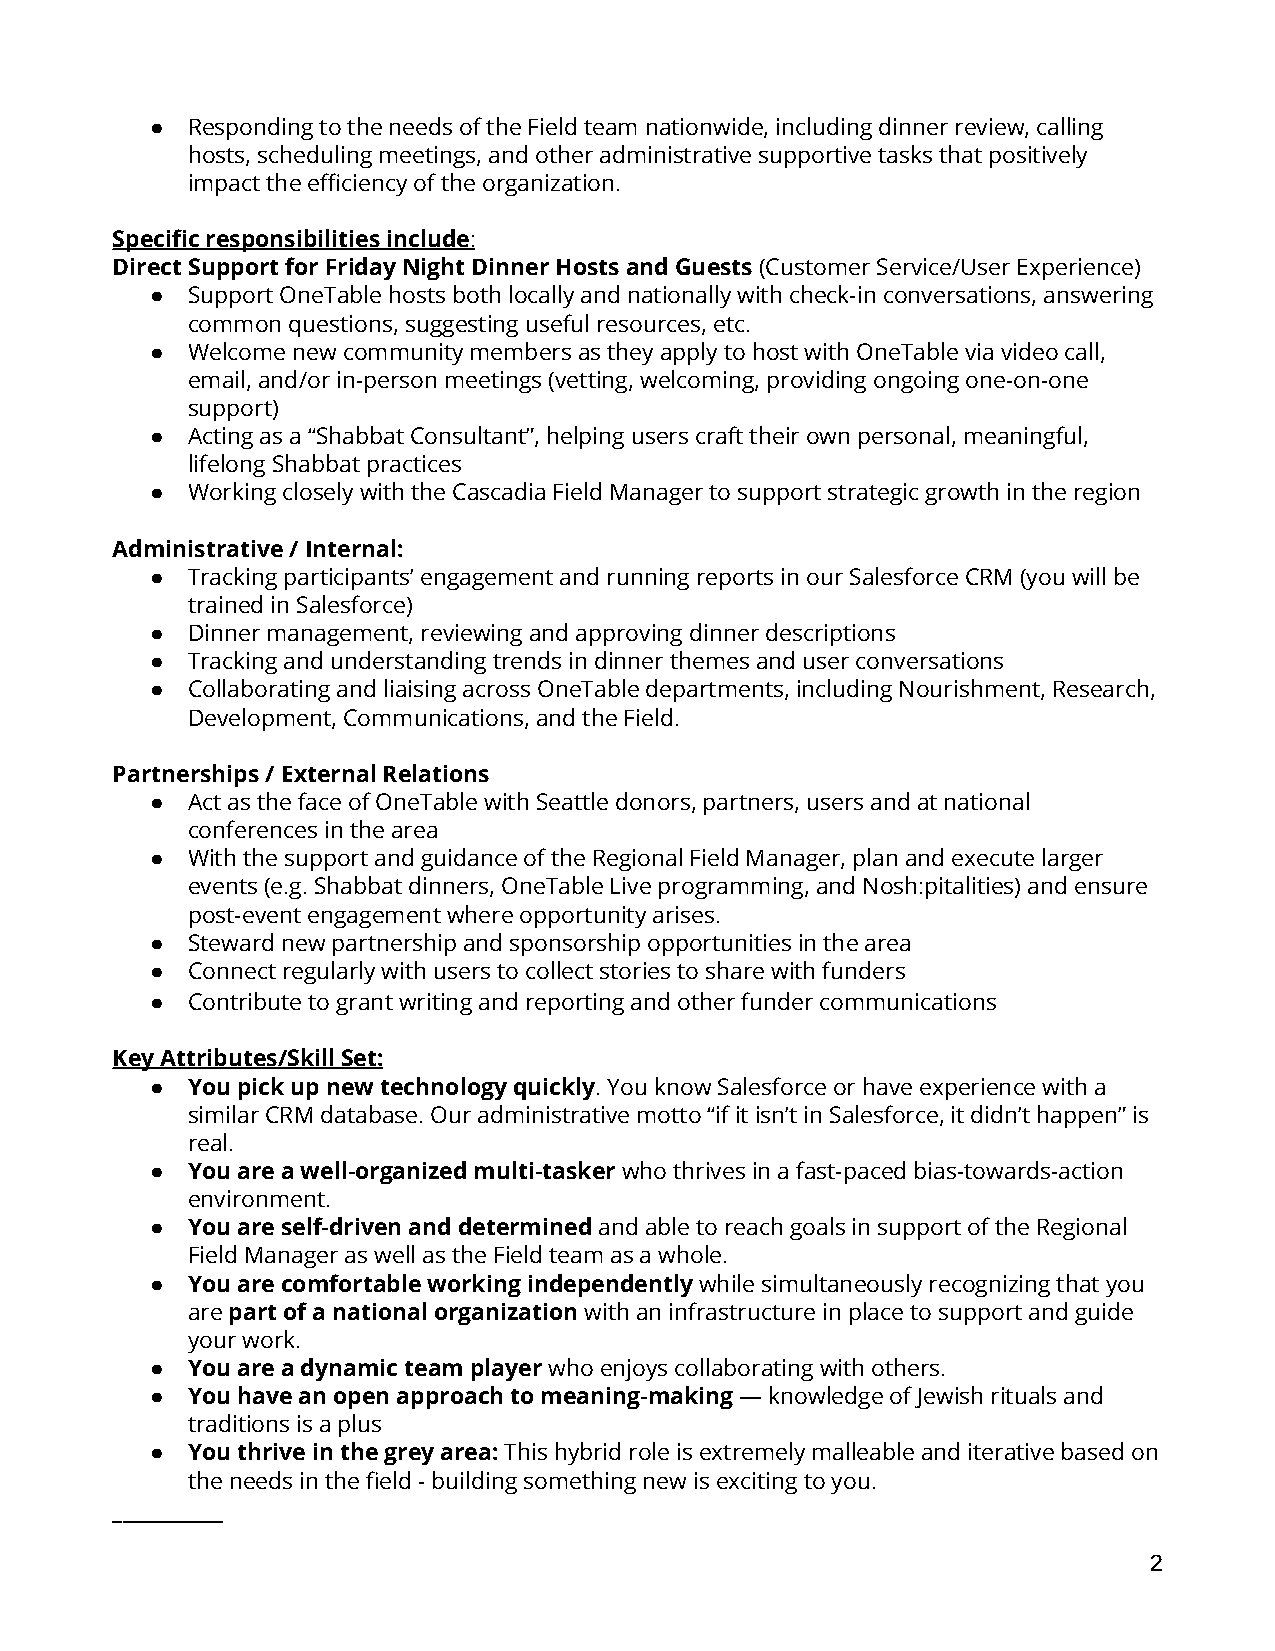
● Responding to the needs of the Field team nationwide, including dinner review, calling
 hosts, scheduling meetings, and other administrative supportive tasks that positively
 impact the efficiency of the organization.
 Specific responsibilities include:
 Direct Support for Friday Night Dinner Hosts and Guests(Customer Service/User Experience)
 ● Support OneTable hosts both locally and nationally with check-in conversations, answering
 common questions, suggesting useful resources, etc.
 ● Welcome new community members as they apply to host with OneTable via video call,
 email, and/or in-person meetings (vetting, welcoming, providing ongoing one-on-one
 support)
 ● Acting as a “Shabbat Consultant”, helping users craft their own personal, meaningful,
 lifelong Shabbat practices
 ● Working closely with the Cascadia Field Manager to support strategic growth in the region
 Administrative / Internal:
 ● Tracking participants’ engagement and running reports in our Salesforce CRM (you will be
 trained in Salesforce)
 ● Dinner management, reviewing and approving dinner descriptions
 ● Tracking and understanding trends in dinner themes and user conversations
 ● Collaborating and liaising across OneTable departments, including Nourishment, Research,
 Development, Communications, and the Field.
 Partnerships / External Relations
 ● Act as the face of OneTable with Seattle donors, partners, users and at national
 conferences in the area
 ● With the support and guidance of the Regional Field Manager, plan and execute larger
 events (e.g. Shabbat dinners, OneTable Live programming, and Nosh:pitalities) and ensure
 post-event engagement where opportunity arises.
 ● Steward new partnership and sponsorship opportunities in the area
 ● Connect regularly with users to collect stories to share with funders
 ● Contribute to grant writing and reporting and other funder communications
 Key Attributes/Skill Set:
 ● You pick up new technology quickly. You know Salesforceor have experience with a
 similar CRM database. Our administrative motto “if it isn’t in Salesforce, it didn’t happen” is
 real.
 ● You are a well-organized multi-taskerwho thrivesin a fast-paced bias-towards-action
 environment.
 ● You are self-driven and determinedand able to reachgoals in support of the Regional
 Field Manager as well as the Field team as a whole.
 ● You are comfortable working independentlywhile simultaneouslyrecognizing that you
 arepart of a national organizationwith an infrastructurein place to support and guide
 your work.
 ● You are a dynamic team playerwho enjoys collaboratingwith others.
 ● You have an open approach to meaning-making— knowledgeof Jewish rituals and
 traditions is a plus
 ● You thrive in the grey area:This hybrid role is extremelymalleable and iterative based on
 the needs in the field - building something new is exciting to you.
 ___________
 2